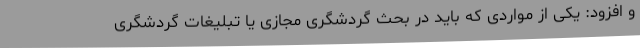
و افزود: یکی از مواردی که باید در بحث گردشگری مجازی یا تبلیغات گردشگری